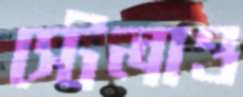
স্টেলাও